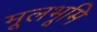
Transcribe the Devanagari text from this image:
मूलभूमि